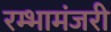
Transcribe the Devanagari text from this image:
रम्भामंजरी